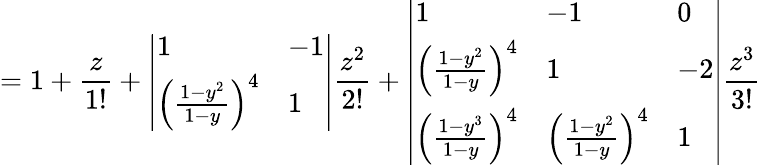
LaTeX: =1+\frac{z}{1!}+\left|\begin{array}{ll}{1}&{-1}\\ {\left(\frac{1-y^{2}}{1-y}\right)^{4}}&{1}\end{array}\right|\frac{z^{2}}{2!}+\left|\begin{array}{lll}{1}&{-1}&{0}\\ {\left(\frac{1-y^{2}}{1-y}\right)^{4}}&{1}&{-2}\\ {\left(\frac{1-y^{3}}{1-y}\right)^{4}}&{\left(\frac{1-y^{2}}{1-y}\right)^{4}}&{1}\end{array}\right|\frac{z^{3}}{3!}